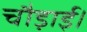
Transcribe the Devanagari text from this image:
चौड़ाई।